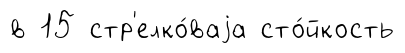
в 15 стр'елко́ваjа сто́йкость